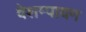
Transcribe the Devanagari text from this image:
वेशम्पायन